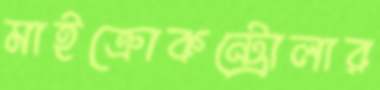
মাইক্রোকন্ট্রোলার